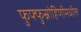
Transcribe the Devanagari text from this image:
फुफ्फुस्रोहिणीमधील